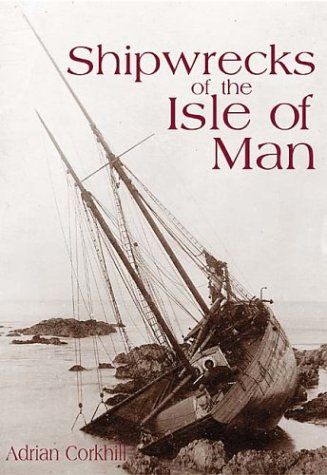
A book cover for Shipwrecks of the Isle of Man; Adrian Corkhill; Engineering & Transportation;